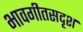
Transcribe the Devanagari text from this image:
भावगीतसदृश